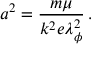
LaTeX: a ^ { 2 } = \frac { m \mu } { k ^ { 2 } e \lambda _ { \phi } ^ { 2 } } \, .